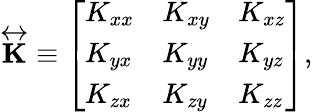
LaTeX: \begin{array}{r}{\overleftrightarrow{\mathbf{K}}\equiv\left[\begin{array}{lll}{K_{xx}}&{K_{xy}}&{K_{xz}}\\ {K_{yx}}&{K_{yy}}&{K_{yz}}\\ {K_{zx}}&{K_{zy}}&{K_{zz}}\end{array}\right],}\end{array}